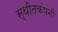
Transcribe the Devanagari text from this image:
स्थीतकंपनी